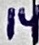
Text: 14